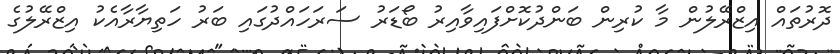
ދޮރުތައް އިޒްރޭލުން މާ ކުރިން ބަންދުކޮށްފައިވާއިރު ބޯޑަރު ސަރަހައްދުގައި ބަރު ހަތިޔާރާއެކު އިޒްރޭލުގެ